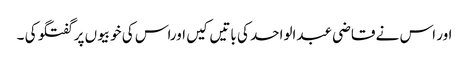
اور اس نے قاضی عبدالواحد کی باتیں کیں اوراس کی خوبیوں پر گفتگو کی ۔